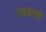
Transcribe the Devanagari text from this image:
गढढ्याची